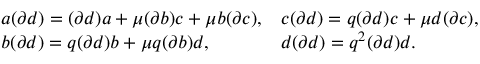
\begin{array} { l l } { { a ( \partial d ) = ( \partial d ) a + \mu ( \partial b ) c + \mu b ( \partial c ) , } } & { { c ( \partial d ) = q ( \partial d ) c + \mu d ( \partial c ) , } } \\ { { b ( \partial d ) = q ( \partial d ) b + \mu q ( \partial b ) d , } } & { { d ( \partial d ) = q ^ { 2 } ( \partial d ) d . } } \end{array}